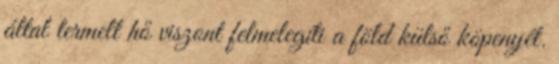
által termelt hő viszont felmelegíti a föld külső köpenyét.